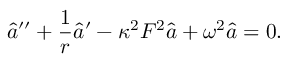
\hat { a } ^ { \prime \prime } + \frac { 1 } { r } \hat { a } ^ { \prime } - \kappa ^ { 2 } F ^ { 2 } \hat { a } + \omega ^ { 2 } \hat { a } = 0 .